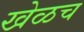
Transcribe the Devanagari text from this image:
खेळच